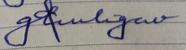
Signature authenticity: forged